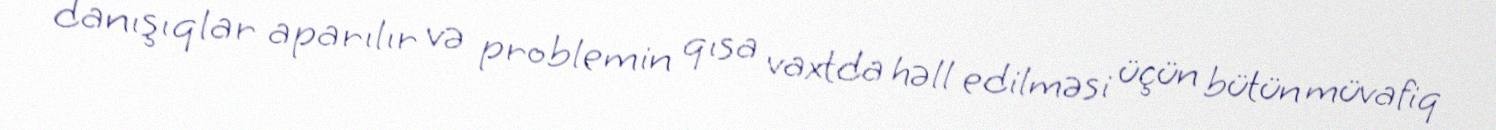
danışıqlar aparılır və problemin qısa vaxtda həll edilməsi üçün bütün müvafiq